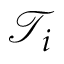
\mathcal { T } _ { i }